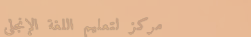
مركز لتعليم اللغة الإنجلي